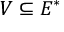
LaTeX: V \subseteq E ^ { * }